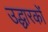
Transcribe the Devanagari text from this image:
उद्धारकों